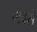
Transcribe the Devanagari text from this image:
गवसे